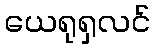
ယေရုရှလင်